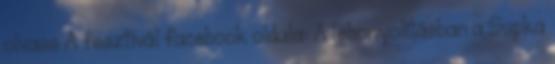
olvass A fesztivál facebook oldala: A lebonyolításban a Supka